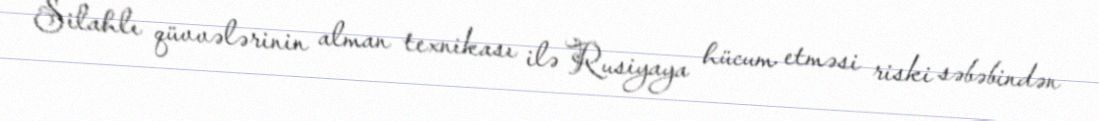
Silahlı qüvvələrinin alman texnikası ilə Rusiyaya hücum etməsi riski səbəbindən